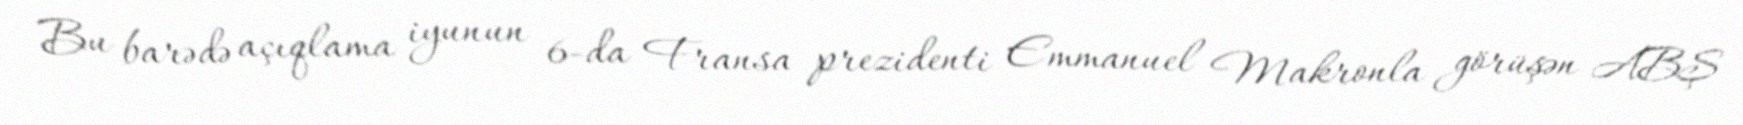
Bu barədə açıqlama iyunun 6-da Fransa prezidenti Emmanuel Makronla görüşən ABŞ